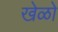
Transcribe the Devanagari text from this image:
खेळो